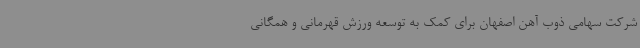
شرکت سهامی ذوب آهن اصفهان برای کمک به توسعه ورزش قهرمانی و همگانی